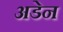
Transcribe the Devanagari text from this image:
अडेन